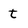
Character: t